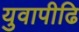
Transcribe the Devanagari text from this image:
युवापीढि